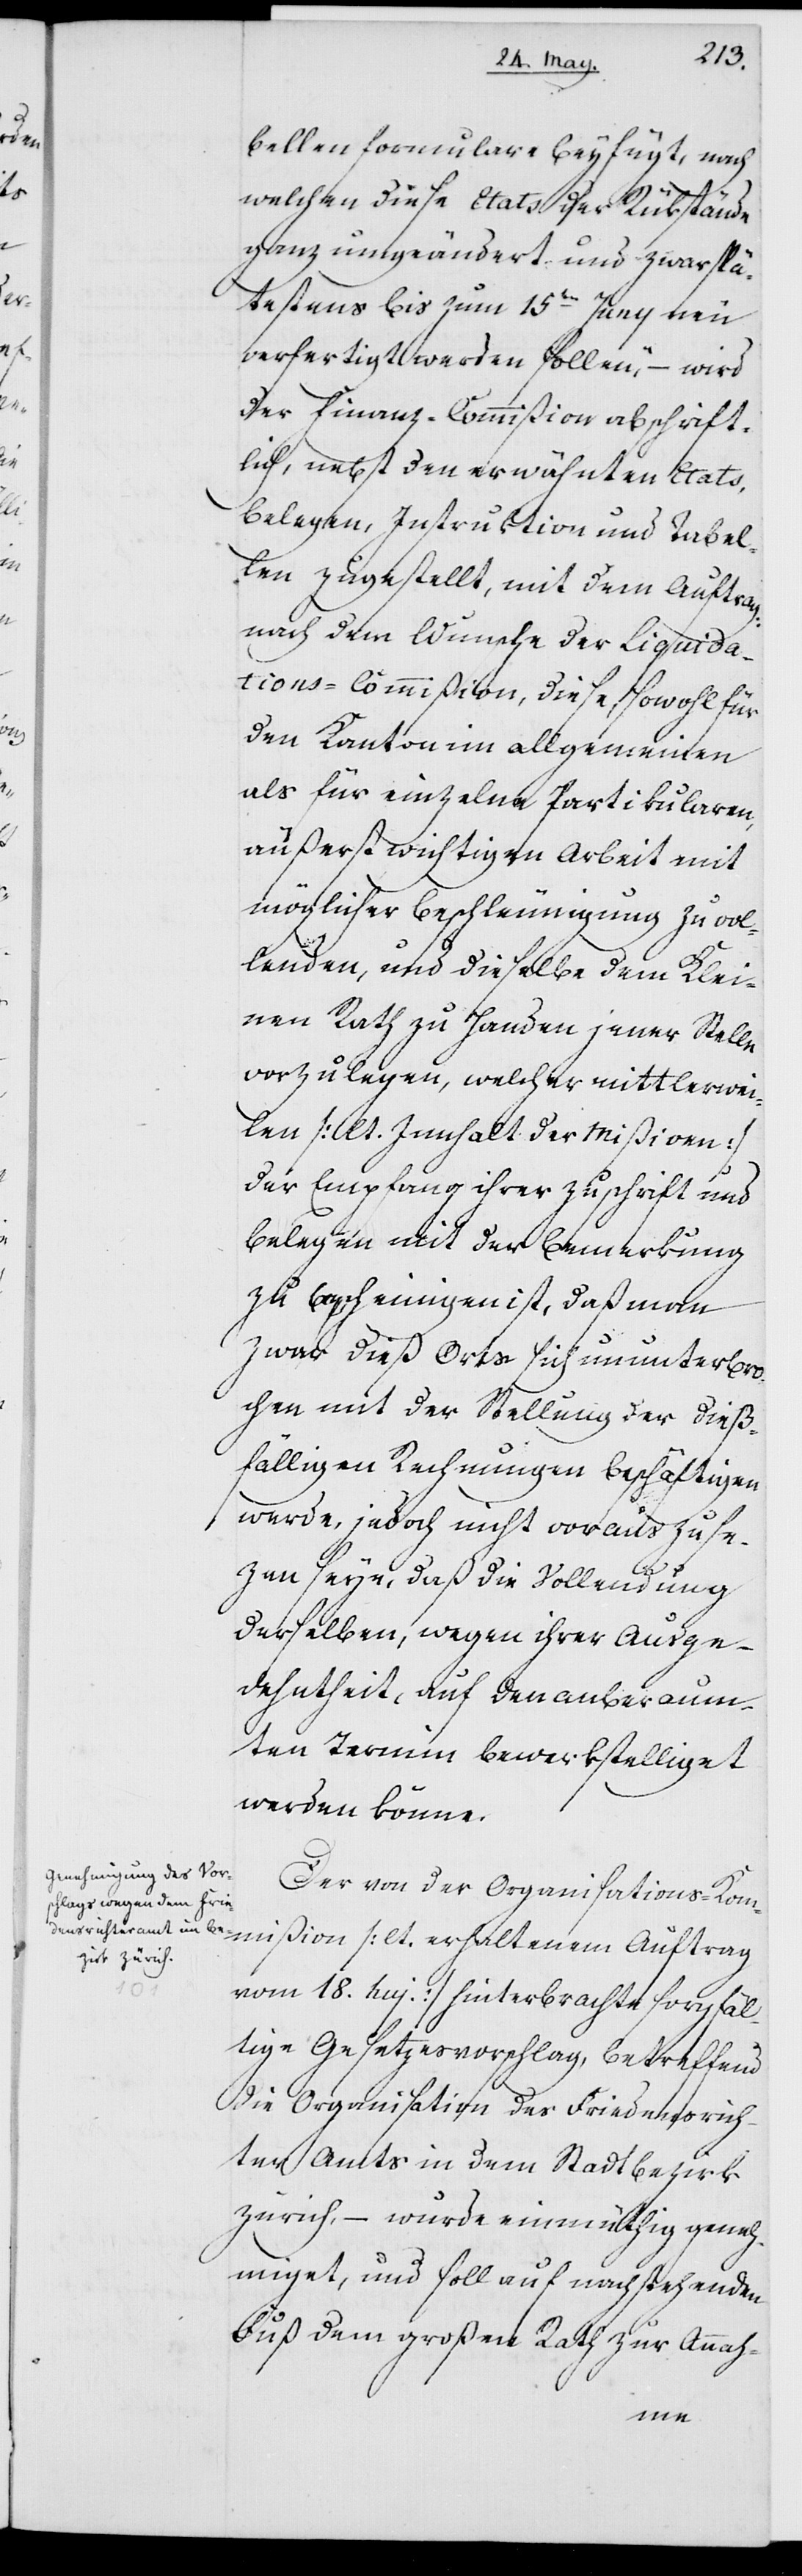
bellenformulare beyfügt, nach
welchen diese Etats der Rükstände
ganz umgeändert und zwar spä¬
testens bis zum 15ten Juny neu
verfertigt werden sollen, – wird
der Finanz-Commißion abschrift¬
lich, nebst den erwähnten Etats,
Belegen, Instruktion und Tabel¬
len zugestellt, mit dem Auftrag,
nach dem Wunsche der Liquida¬
tions-Commißion, diese, sowohl für
den Kanton im allgemeinen
als für einzelne Partikularen
äußerst wichtigen Arbeit[en] mit
möglicher Beschleunigung zu vol¬
lenden, und dieselbe dem Klei¬
nen Rath zu Handen jener Stelle
vorzulegen, welcher mittlerwei¬
len (lt. Innhalt der Mißiven)
der Empfang ihrer Zuschrift und
Belegen mit der Bemerkung
zu bescheinigen ist, daß man
zwar dieß Orts sich ununterbro¬
chen mit der Stellung der dieß¬
fälligen Rechnungen beschäftigen
werde, jedoch nicht voraus zu se¬
hen seye, daß die Vollendung
derselben, wegen ihrer Ausge¬
dehntheit, auf den anberaum¬
ten Termin bewerkstelliget
werden könne.
Der von der Organisations-Kom¬
mißion (lt. erhaltenem Auftrag
vom 18. huj.) hinterbrachte sorgfäl¬
tige Gesetzesvorschlag, betreffend
die Organisation des Friedensrich¬
ter Amts in dem Stadtbezirk
Zürich, – wurde einmüthig geneh¬
miget, und soll auf nachstehenden
Fuß dem großen Rath zur Annah-